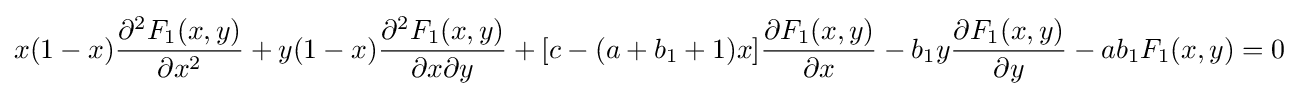
x(1-x){\frac {\partial ^{2}F_{1}(x,y)}{\partial x^{2}}}+y(1-x){\frac {\partial ^{2}F_{1}(x,y)}{\partial x\partial y}}+[c-(a+b_{1}+1)x]{\frac {\partial F_{1}(x,y)}{\partial x}}-b_{1}y{\frac {\partial F_{1}(x,y)}{\partial y}}-ab_{1}F_{1}(x,y)=0